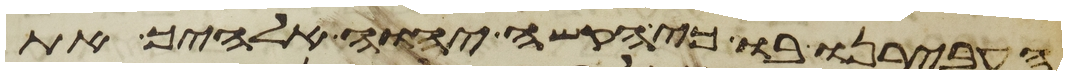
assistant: העבירנו בו כי הקשה יהוה אלהיך את